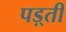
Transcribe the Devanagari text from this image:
पड़्ती